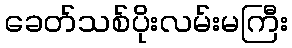
ခေတ်သစ်ပိုးလမ်းမကြီး